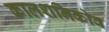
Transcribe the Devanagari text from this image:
कालशनिकोव